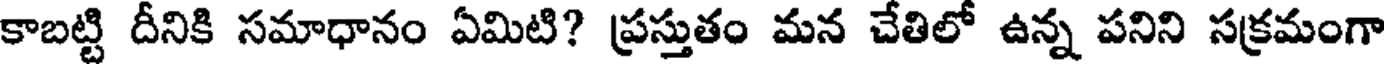
కాబట్టి దీనికి సమాధానం ఏమిటి? ప్రస్తుతం మన చేతిలో ఉన్న పనిని సక్రమంగా